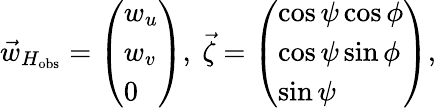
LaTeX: \vec{w}_{H_{\mathrm{obs}}}=\left(\begin{array}{l}{w_{u}}\\ {w_{v}}\\ {0}\end{array}\right),\ \vec{\zeta}=\left(\begin{array}{l}{\cos\psi\cos\phi}\\ {\cos\psi\sin\phi}\\ {\sin\psi}\end{array}\right),